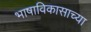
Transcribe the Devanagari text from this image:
भाषाविकासाच्या